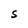
Character: S